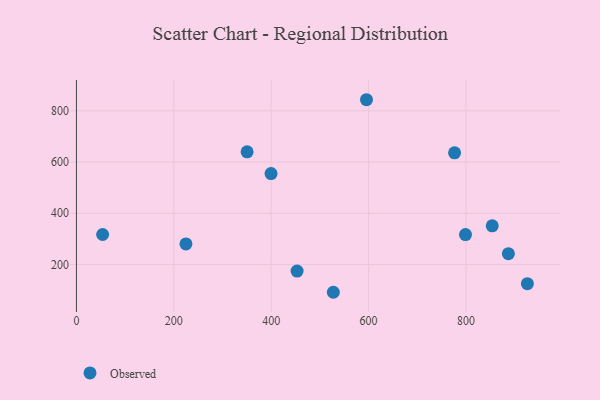
{"axis": {"x": "Distance", "y": "Sales"}, "legend": ["Observed"], "data": [{"x": "887.1", "y": 242.0, "type": "Observed"}, {"x": "799.0", "y": 316.5, "type": "Observed"}, {"x": "53.8", "y": 317.0, "type": "Observed"}, {"x": "527.6", "y": 91.3, "type": "Observed"}, {"x": "595.7", "y": 843.4, "type": "Observed"}, {"x": "926.1", "y": 124.9, "type": "Observed"}, {"x": "453.1", "y": 174.2, "type": "Observed"}, {"x": "399.7", "y": 554.8, "type": "Observed"}, {"x": "776.6", "y": 636.1, "type": "Observed"}, {"x": "853.9", "y": 350.9, "type": "Observed"}, {"x": "350.5", "y": 639.8, "type": "Observed"}, {"x": "224.9", "y": 280.0, "type": "Observed"}]}